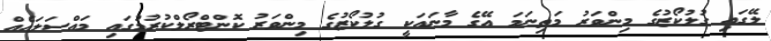
ލޭގައި ގުލުކޯޒުގެ މިންވަރު މަތިނަމަ އޭގެ މާނައަކީ ގުލުކޯޒުގެ މިންވަރު ކޮންޓްރޯލްކުރުމުގައި މައްސަލައެއް